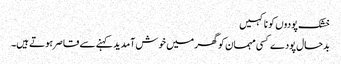
خشک پودوں کو نا کہیں
بدحال پودے کسی مہمان کو گھر میں خوش آمدید کہنے سے قاصر ہوتے ہیں۔